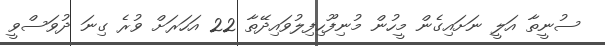
ސުނީތާ އަލީ ނަށައިގެން މީހުން މުނިފޫހިފިލުވައިދޭތާ 22 އަހަރަށް ވުރެ ގިނަ ދުވަސްވީ